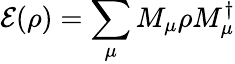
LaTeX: \mathcal{E}(\rho)=\sum_{\mu}M_{\mu}\rho M_{\mu}^{\dagger}